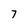
Character: 7